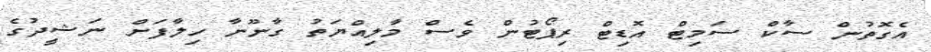
އެގޮތުން ސާކް ސަމިޓް އޮޑިޓް ރިޕޯޓުން ވެސް މާލިއްޔަތު ގާނޫނާ ހިލާފަށް ނަޝީދުގެ